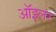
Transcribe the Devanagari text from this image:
ऑइलर